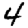
Digit: 4